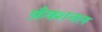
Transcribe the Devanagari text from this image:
फ़ैक्शनल